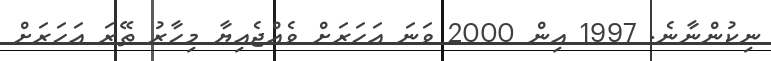
ނިކުންނާނެ. 1997 އިން 2000 ވަނަ އަހަރަށް ވެއްޖެއިޔާ މިހާރު ތޭރަ އަހަރަށް